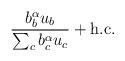
LaTeX: \begin{align*}{b^\alpha_b u_b\over\sum_c b^\alpha_cu_c}+ {\rm h.c.}\end{align*}